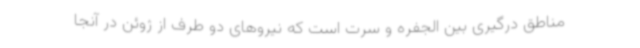
مناطق درگیری بین الجفره و سرت است که نیروهای دو طرف از ژوئن در آنجا